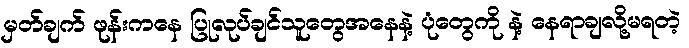
မှတ်ချက် ဖုန်းကနေ ပြုလုပ်ချင်သူတွေအနေနဲ့ ပုံတွေကို နဲ့ နေရာချလို့မရတဲ့